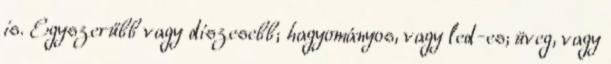
is. Egyszerűbb vagy díszesebb; hagyományos, vagy led-es; üveg, vagy